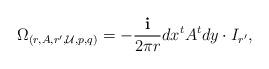
LaTeX: \begin{align*}\Omega _{(r,A,r',\mathcal{U},p,q)}=-\frac{\mathbf{i}}{2\pi r}dx^t A^t dy\cdot I_{r'}, \end{align*}